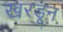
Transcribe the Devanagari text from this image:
खरडून